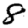
Digit: 8